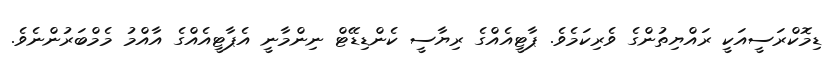
ޑިމޮކްރަސީއަކީ ރައްޔިތުންގެ ވެރިކަމެވެ. ޕާޓީއެއްގެ ރިޔާސީ ކެންޑިޑޭޓް ނިންމާނީ އެޕާޓީއެއްގެ އާއްމު މެމްބަރުންނެވެ.